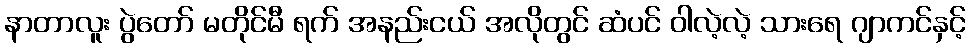
နာတာလူး ပွဲတော် မတိုင်မီ ရက် အနည်းငယ် အလိုတွင် ဆံပင် ဝါလဲ့လဲ့ သားရေ ဂျာကင်နှင့်